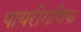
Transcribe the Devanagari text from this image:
पायरीगणिक